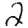
Digit: 2